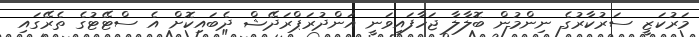
މަރުކަޒީ ސަރުކާރުގެ ނިންމުން ބޮލާލާ ޖަހާފައިވަނީ އަންދުރަޕްރަދޭޝް ދެބައިކޮށް އެ ސްޓޭޓުގެ ތެރޭގައި